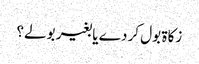
زکاۃ بول کر دے یا بغیر بولے؟